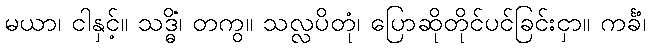
မယာ၊ ငါနှင့်။ သဒ္ဓိံ၊ တကွ။ သလ္လပိတုံ၊ ပြောဆိုတိုင်ပင်ခြင်းငှာ။ ကင်္ခံ၊